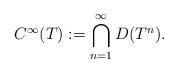
LaTeX: \begin{align*}C^\infty(T):=\bigcap_{n=1}^\infty D(T^n).\end{align*}